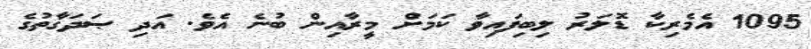
1095 އެމެރިކާ ޑޮލަރު ލިބިފައިވާ ކަމަށް މީރާއިން ބުނެ އެވެ. އަދި ޞަދަގާތުގެ